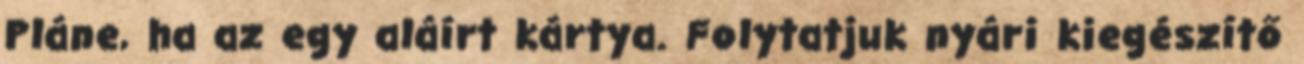
Pláne, ha az egy aláírt kártya. Folytatjuk nyári kiegészítő